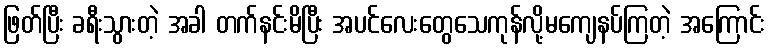
ဖြတ်ပြီး ခရီးသွားတဲ့ အခါ တက်နင်းမိပြီး အပင်လေးတွေသေကုန်လို့မကျေနပ်ကြတဲ့ အကြောင်း